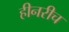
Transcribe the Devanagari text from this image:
हीनरीच